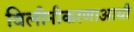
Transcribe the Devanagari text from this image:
विलीनीकरणाआधी